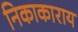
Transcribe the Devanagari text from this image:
निकाकाराय